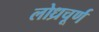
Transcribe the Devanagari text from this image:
लोध्रचूर्ण